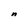
Character: n